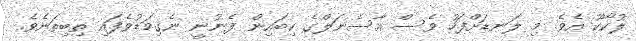
ލުކާކޫ އެވެ. މި ލަނޑަށްފަހު ވެސް އާސެނަލްގެ ކިބައިން ފެނުނީ ނެގިމަޑުވެފައި ތިބިތަނެވެ.